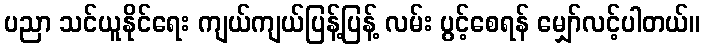
ပညာ သင်ယူနိုင်ရေး ကျယ်ကျယ်ပြန့်ပြန့် လမ်း ပွင့်စေရန် မျှော်လင့်ပါတယ်။